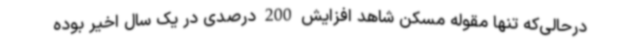
درحالی‌که تنها مقوله مسکن شاهد افزایش 200 درصدی در یک سال اخیر بوده